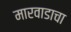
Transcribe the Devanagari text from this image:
मारवाडाचा